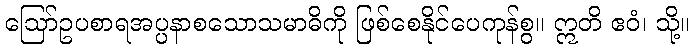
ဩော်ဥပစာရအပ္ပနာစသောသမာဓိကို ဖြစ်စေနိုင်ပေကုန်စွ။ ဣတိ ဧဝံ၊ သို့။